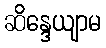
ဆိန္ဒေယျာမ